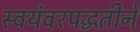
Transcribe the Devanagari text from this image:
स्वयंवरपद्धतीने